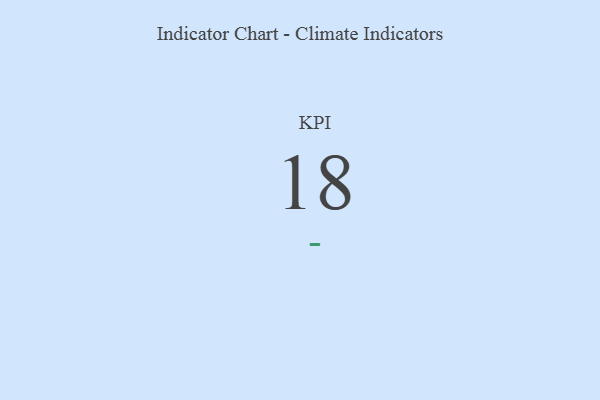
{"axis": {"x": "KPI", "y": "Value"}, "legend": [""], "data": [{"x": "KPI", "y": 18, "type": ""}]}